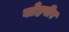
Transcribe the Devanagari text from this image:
बाँहपीर